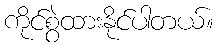
ကိုင်စွဲထားနိုင်ပါတယ်။